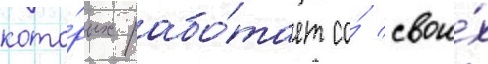
кото́рых рабо́тает со́ свои́х